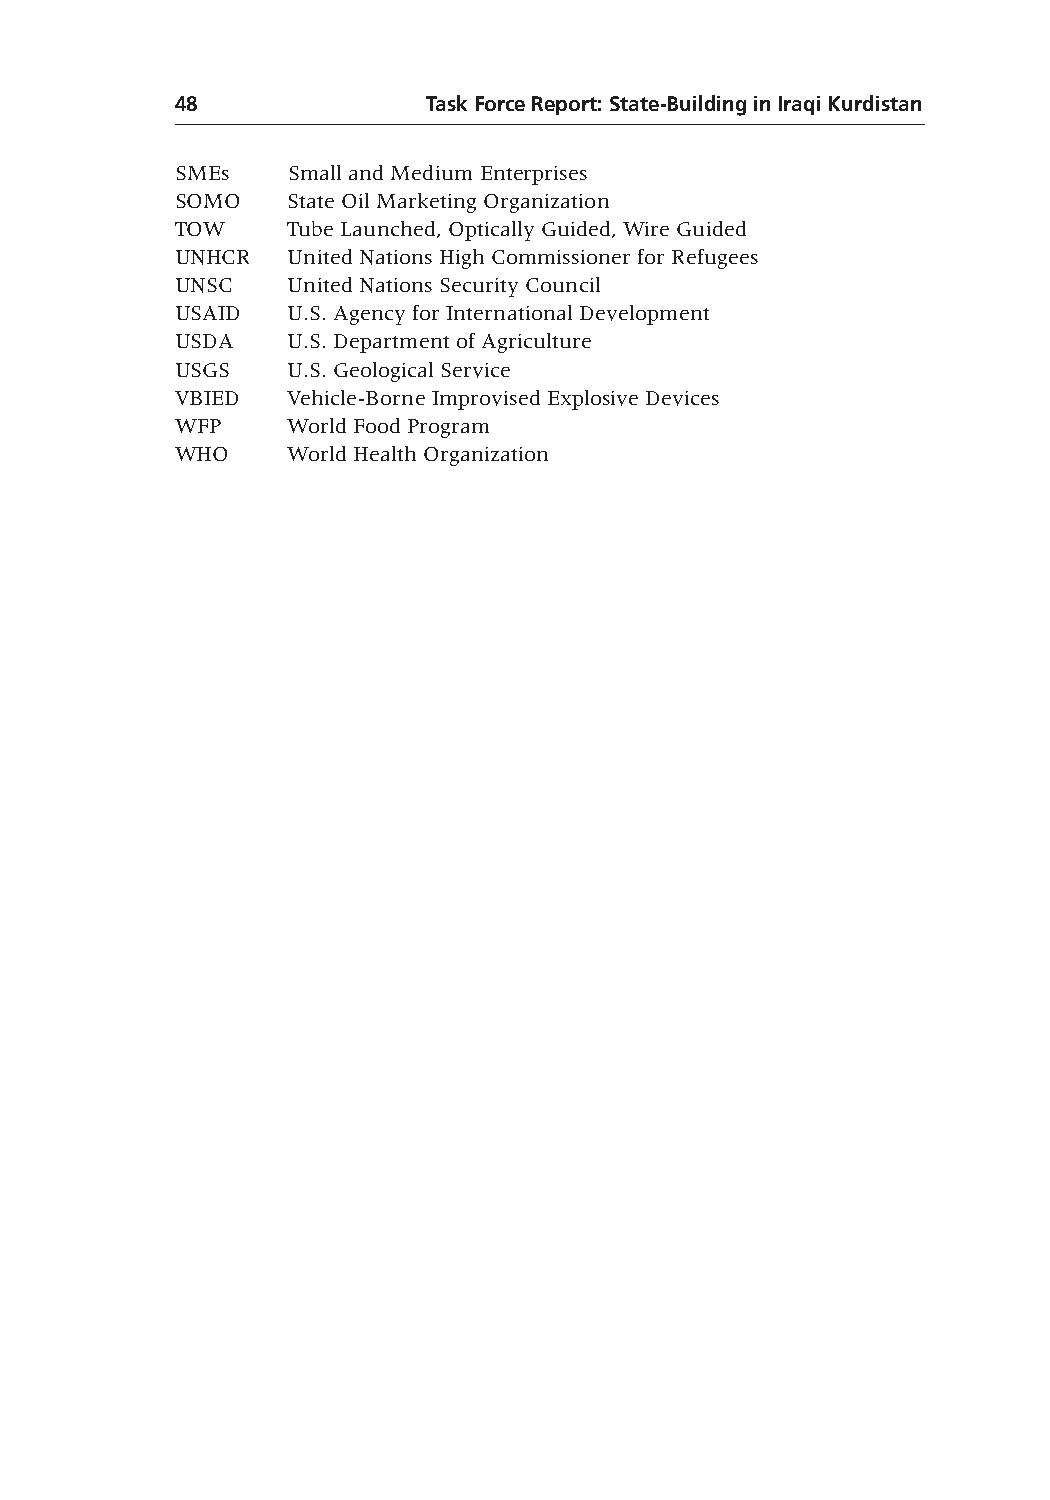
48              Task Force Report: State-Building in Iraqi Kurdistan
 SMEs   Small and Medium Enterprises
 SOMO   State Oil Marketing Organization
 TOW    Tube Launched, Optically Guided, Wire Guided
 UNHCR  United Nations High Commissioner for Refugees
 UNSC   United Nations Security Council
 USAID  U.S. Agency for International Development
 USDA   U.S. Department of Agriculture
 USGS   U.S. Geological Service
 VBIED  Vehicle-Borne Improvised Explosive Devices
 WFP    World Food Program
 WHO    World Health Organization